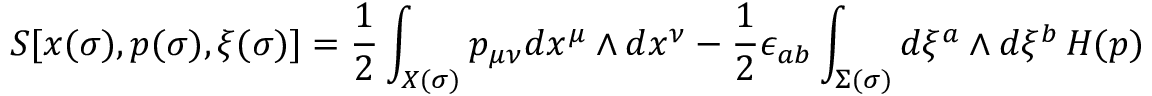
S [ x ( \sigma ) , p ( \sigma ) , \xi ( \sigma ) ] = { \frac { 1 } { 2 } } \int _ { X ( \sigma ) } p _ { \mu \nu } d x ^ { \mu } \wedge d x ^ { \nu } - { \frac { 1 } { 2 } } \epsilon _ { a b } \int _ { \Sigma ( \sigma ) } d \xi ^ { a } \wedge d \xi ^ { b } \, H ( p )